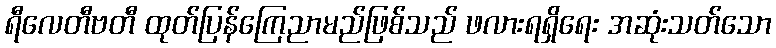
ရီလေတီဗတီ ထုတ်ပြန်ကြေညာမည်ဖြစ်သည် ဖလားရရှိရေး အဆုံးသတ်သော